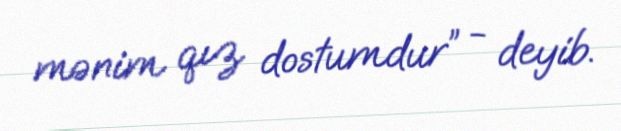
mənim qız dostumdur” - deyib.